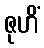
ဇုဟိံ